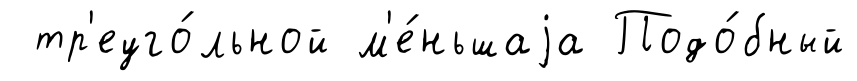
тр'еуго́льной м'е́ньшаjа Подо́бный